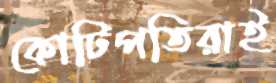
কোটিপতিরাই